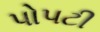
પોપટી